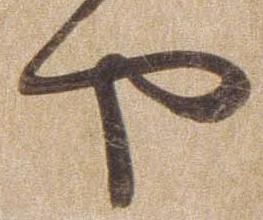
や